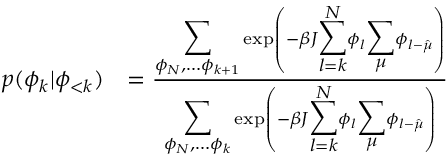
\begin{array} { r l } { p ( \phi _ { k } | \phi _ { < k } ) } & { = \frac { { \displaystyle \sum _ { \phi _ { N } , \dots \phi _ { k + 1 } } } \exp \left( - \beta J { \displaystyle \sum _ { l = k } ^ { N } } \phi _ { l } { \displaystyle \sum _ { \mu } } \phi _ { l - \hat { \mu } } \right) } { { \displaystyle \sum _ { \phi _ { N } , \dots \phi _ { k } } } \exp \left( - \beta J { \displaystyle \sum _ { l = k } ^ { N } } \phi _ { l } { \displaystyle \sum _ { \mu } } \phi _ { l - \hat { \mu } } \right) } } \end{array}